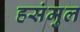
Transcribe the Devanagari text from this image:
हसंमुल